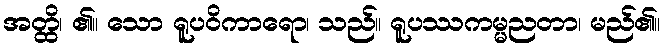
အတ္ထိ၊ ၏။ သော ရူပဝိကာရော၊ သည်။ ရူပဿကမ္မညတာ၊ မည်၏။